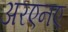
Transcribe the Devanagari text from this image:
अरएनए